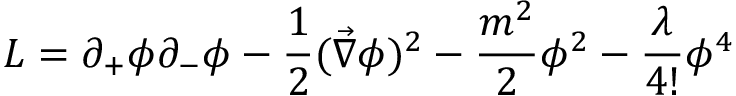
{ \cal L } = \partial _ { + } \phi \partial _ { - } \phi - \frac { 1 } { 2 } ( \vec { \nabla } \phi ) ^ { 2 } - \frac { m ^ { 2 } } { 2 } \phi ^ { 2 } - \frac { \lambda } { 4 ! } \phi ^ { 4 }